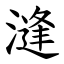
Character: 漨